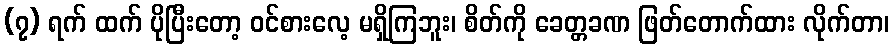
(၇) ရက် ထက် ပိုပြီးတော့ ဝင်စားလေ့ မရှိကြဘူး၊ စိတ်ကို ခေတ္တခဏ ဖြတ်တောက်ထား လိုက်တာ၊